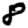
Digit: 8